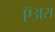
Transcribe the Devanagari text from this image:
ऍअरा